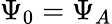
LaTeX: \Psi_{0}=\Psi_{A}